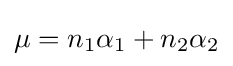
\mu =n_{1}\alpha _{1}+n_{2}\alpha _{2}